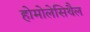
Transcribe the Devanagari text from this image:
होमोलेसिथैल